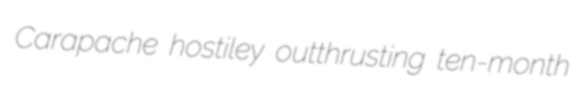
Carapache hostiley outthrusting ten-month